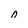
Character: o